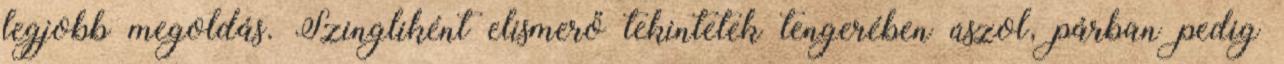
legjobb megoldás. Szingliként elismerő tekintetek tengerében úszol, párban pedig